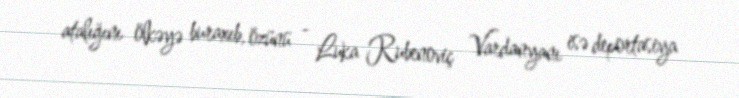
atalığını ölkəyə buraxıb, özünü - Luka Rubenoviç Vardanyanı isə deportasiya